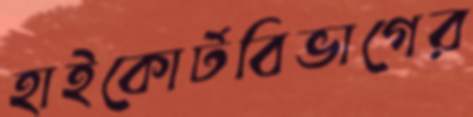
হাইকোর্টবিভাগের